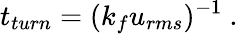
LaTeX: t_{turn}=(k_{f}u_{rms})^{-1}~.